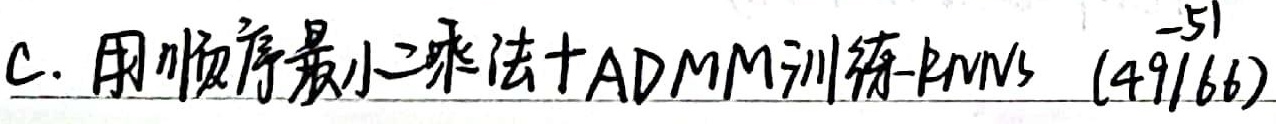
C. 用顺序最小二乘法+ADMM训练RNNs (49/66)